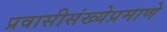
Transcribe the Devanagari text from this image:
प्रवासीसंख्येप्रमाणे